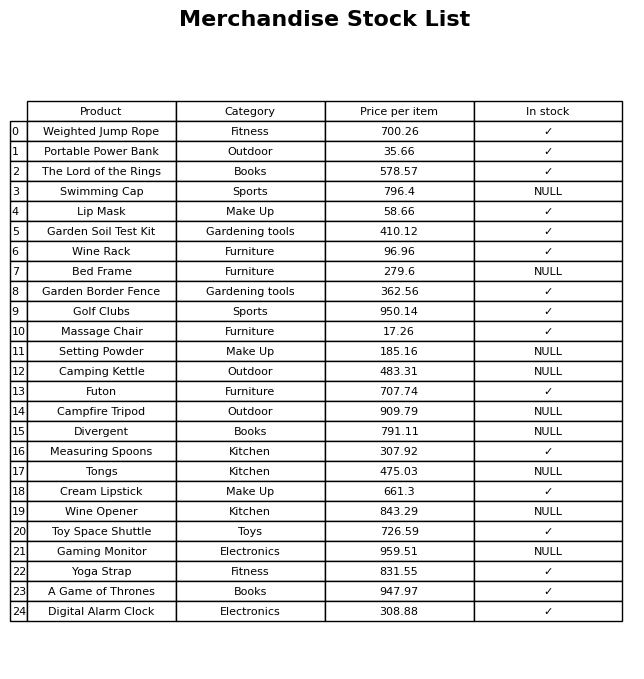
question: What is the price of the Cream Lipstick?
answer: The price of Cream Lipstick is 661.3.